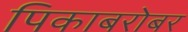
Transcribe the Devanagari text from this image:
पिकाबरोबर